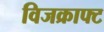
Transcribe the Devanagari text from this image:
विजक्राफ्ट